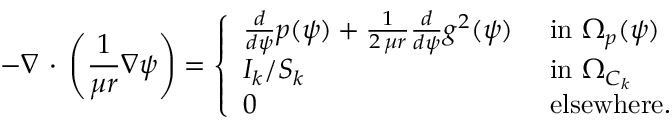
- \nabla \, \cdot \, \left( \frac { 1 } { \mu r } \nabla \psi \right) = \left\{ \begin{array} { l l } { \frac { d } { d \psi } p ( \psi ) + \frac { 1 } { 2 \, \mu r } \frac { d } { d \psi } g ^ { 2 } ( \psi ) } & { \mathrm { ~ i n ~ } \Omega _ { p } ( \psi ) } \\ { I _ { k } / S _ { k } } & { \mathrm { ~ i n ~ } \Omega _ { C _ { k } } } \\ { 0 } & { \mathrm { ~ e l s e w h e r e . ~ } } \end{array} \right.